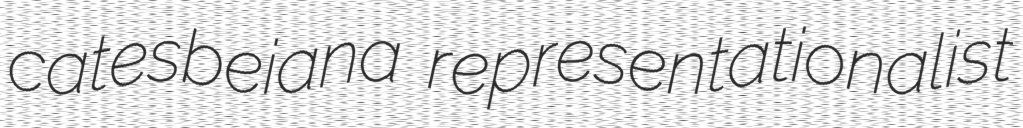
catesbeiana representationalist